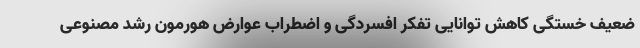
ضعیف خستگی کاهش توانایی تفکر افسردگی و اضطراب عوارض هورمون رشد مصنوعی